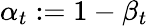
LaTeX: \alpha_{t}:=1-\beta_{t}